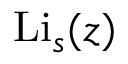
\operatorname { L i } _ { s } ( z )